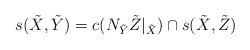
LaTeX: \begin{align*}s(\tilde{X},\tilde{Y}) = c(N_{\tilde{Y}}\tilde{Z}|_{\tilde{X}})\cap s(\tilde{X},\tilde{Z})\end{align*}